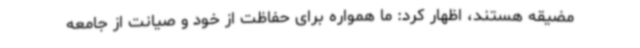
مضیقه هستند، اظهار کرد: ما همواره برای حفاظت از خود و صیانت از جامعه